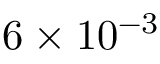
6 \times 1 0 ^ { - 3 }